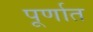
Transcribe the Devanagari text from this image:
पूर्णात